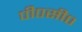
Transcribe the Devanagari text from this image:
पी०सी०